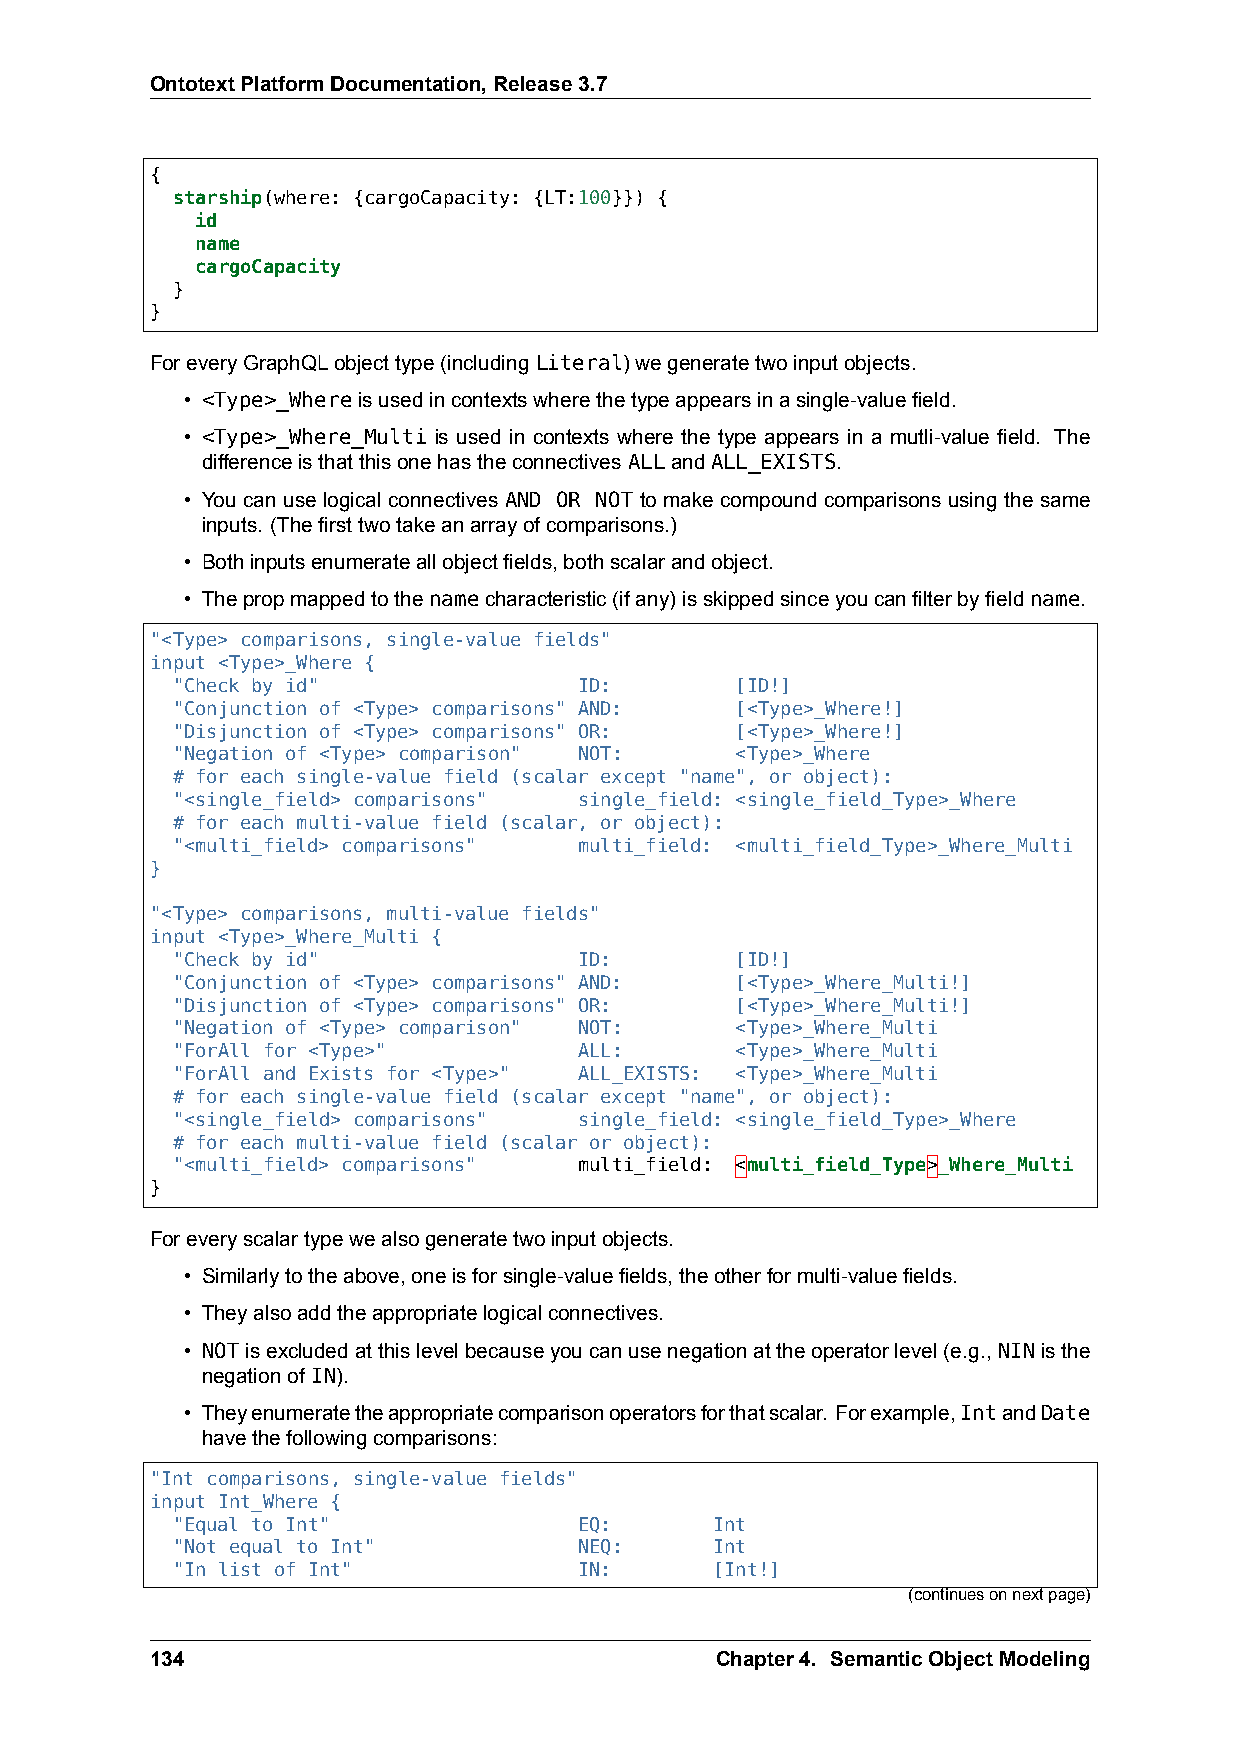
OntotextPlatformDocumentation,Release3.7
 {
 starship(where: {cargoCapacity: {LT:100}}) {
 id
 name
 cargoCapacity
 }
 }
 ForeveryGraphQLobjecttype(includingLiteral)wegeneratetwoinputobjects.
 • <Type>_Whereisusedincontextswherethetypeappearsinasingle-valuefield.
 • <Type>_Where_Multi is used in contexts where the type appears in a mutli-value field. The
 differenceisthatthisonehastheconnectivesALLandALL_EXISTS.
 • You can use logical connectives AND OR NOT to make compound comparisons using the same
 inputs. (Thefirsttwotakeanarrayofcomparisons.)
 • Bothinputsenumerateallobjectfields,bothscalarandobject.
 • Thepropmappedtothenamecharacteristic(ifany)isskippedsinceyoucanfilterbyfieldname.
 "<Type> comparisons, single-value fields"
 input <Type>_Where {
 "Check by id"              ID:        [ID!]
 "Conjunction of <Type> comparisons" AND: [<Type>_Where!]
 "Disjunction of <Type> comparisons" OR: [<Type>_Where!]
 "Negation of <Type> comparison" NOT:  <Type>_Where
 # for each single-value field (scalar except "name", or object):
 "<single_field> comparisons" single_field: <single_field_Type>_Where
 # for each multi-value field (scalar, or object):
 "<multi_field> comparisons" multi_field: <multi_field_Type>_Where_Multi
 }
 "<Type> comparisons, multi-value fields"
 input <Type>_Where_Multi {
 "Check by id"              ID:        [ID!]
 "Conjunction of <Type> comparisons" AND: [<Type>_Where_Multi!]
 "Disjunction of <Type> comparisons" OR: [<Type>_Where_Multi!]
 "Negation of <Type> comparison" NOT:  <Type>_Where_Multi
 "ForAll for <Type>"        ALL:       <Type>_Where_Multi
 "ForAll and Exists for <Type>" ALL_EXISTS: <Type>_Where_Multi
 # for each single-value field (scalar except "name", or object):
 "<single_field> comparisons" single_field: <single_field_Type>_Where
 # for each multi-value field (scalar or object):
 "<multi_field> comparisons" multi_field: <multi_field_Type>_Where_Multi
 }
 Foreveryscalartypewealsogeneratetwoinputobjects.
 • Similarlytotheabove,oneisforsingle-valuefields,theotherformulti-valuefields.
 • Theyalsoaddtheappropriatelogicalconnectives.
 • NOTisexcludedatthislevelbecauseyoucanusenegationattheoperatorlevel(e.g.,NINisthe
 negationof IN).
 • Theyenumeratetheappropriatecomparisonoperatorsforthatscalar. Forexample,IntandDate
 havethefollowingcomparisons:
 "Int comparisons, single-value fields"
 input Int_Where {
 "Equal to Int"             EQ:      Int
 "Not equal to Int"         NEQ:     Int
 "In list of Int"           IN:      [Int!]
 (continuesonnextpage)
 134                                  Chapter4. SemanticObjectModeling